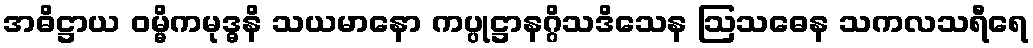
အဓိဋ္ဌာယ ဝမ္မိကမုဒ္ဓနိ သယမာနော ကပ္ပုဋ္ဌာနဂ္ဂိသဒိသေန ဩသဓေန သကလသရီရေ